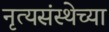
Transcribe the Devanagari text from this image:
नृत्यसंस्थेच्या